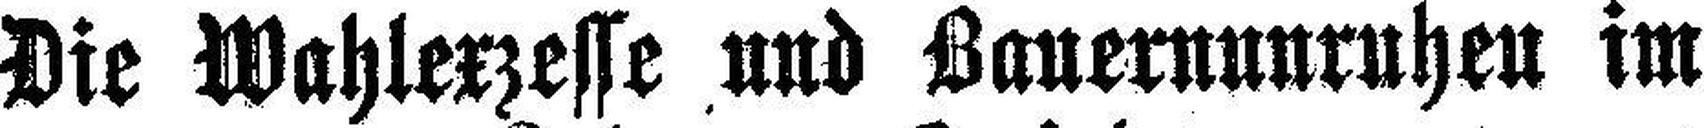
Die Wahlexzesse und Bauernunruhen im